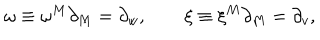
\omega \equiv \omega ^ { M } \partial _ { M } = \partial _ { w } , \qquad \xi \equiv \xi ^ { M } \partial _ { M } = \partial _ { v } ,